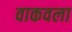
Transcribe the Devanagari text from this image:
वाकवला